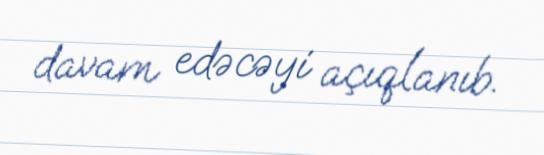
davam edəcəyi açıqlanıb.